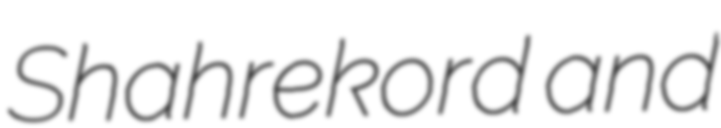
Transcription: Shahrekord and